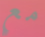
مع